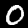
Digit: 0